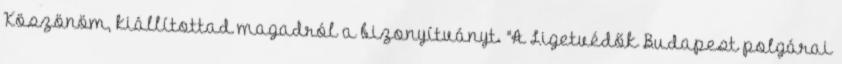
Köszönöm, kiállítottad magadról a bizonyítványt. "A Ligetvédők Budapest polgárai